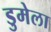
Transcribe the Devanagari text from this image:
डुमेला